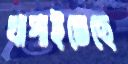
খাপাইতেছে